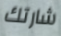
شارتك